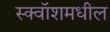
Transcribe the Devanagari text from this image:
स्क्वॉशमधील